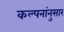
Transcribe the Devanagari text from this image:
कल्पनांनुसार